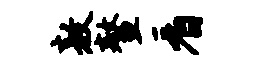
敖鳌看